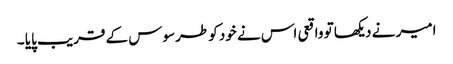
امیر نے دیکھا تو واقعی اس نے خود کو طرسوس کے قریب پایا ۔